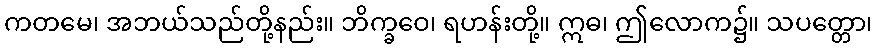
ကတမေ၊ အဘယ်သည်တို့နည်း။ ဘိက္ခဝေ၊ ရဟန်းတို့။ ဣဓ၊ ဤလောက၌။ သပတ္တော၊